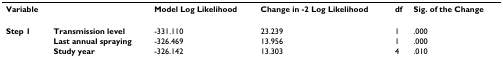
<table><thead><tr><td><b>Variable</b></td><td></td><td><b>Model Log Likelihood</b></td><td><b>Change in -2 Log Likelihood</b></td><td><b>df</b></td><td><b>Sig. of the Change</b></td></tr></thead><tbody><tr><td><b>Step 1</b></td><td><b>Transmission level</b></td><td>-331.110</td><td>23.239</td><td>1</td><td>.000</td></tr><tr><td></td><td><b>Last annual spraying</b></td><td>-326.469</td><td>13.956</td><td>1</td><td>.000</td></tr><tr><td></td><td><b>Study year</b></td><td>-326.142</td><td>13.303</td><td>4</td><td>.010</td></tr></tbody></table>